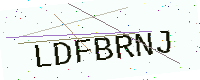
Text: LDFBRNJ